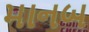
માનબ